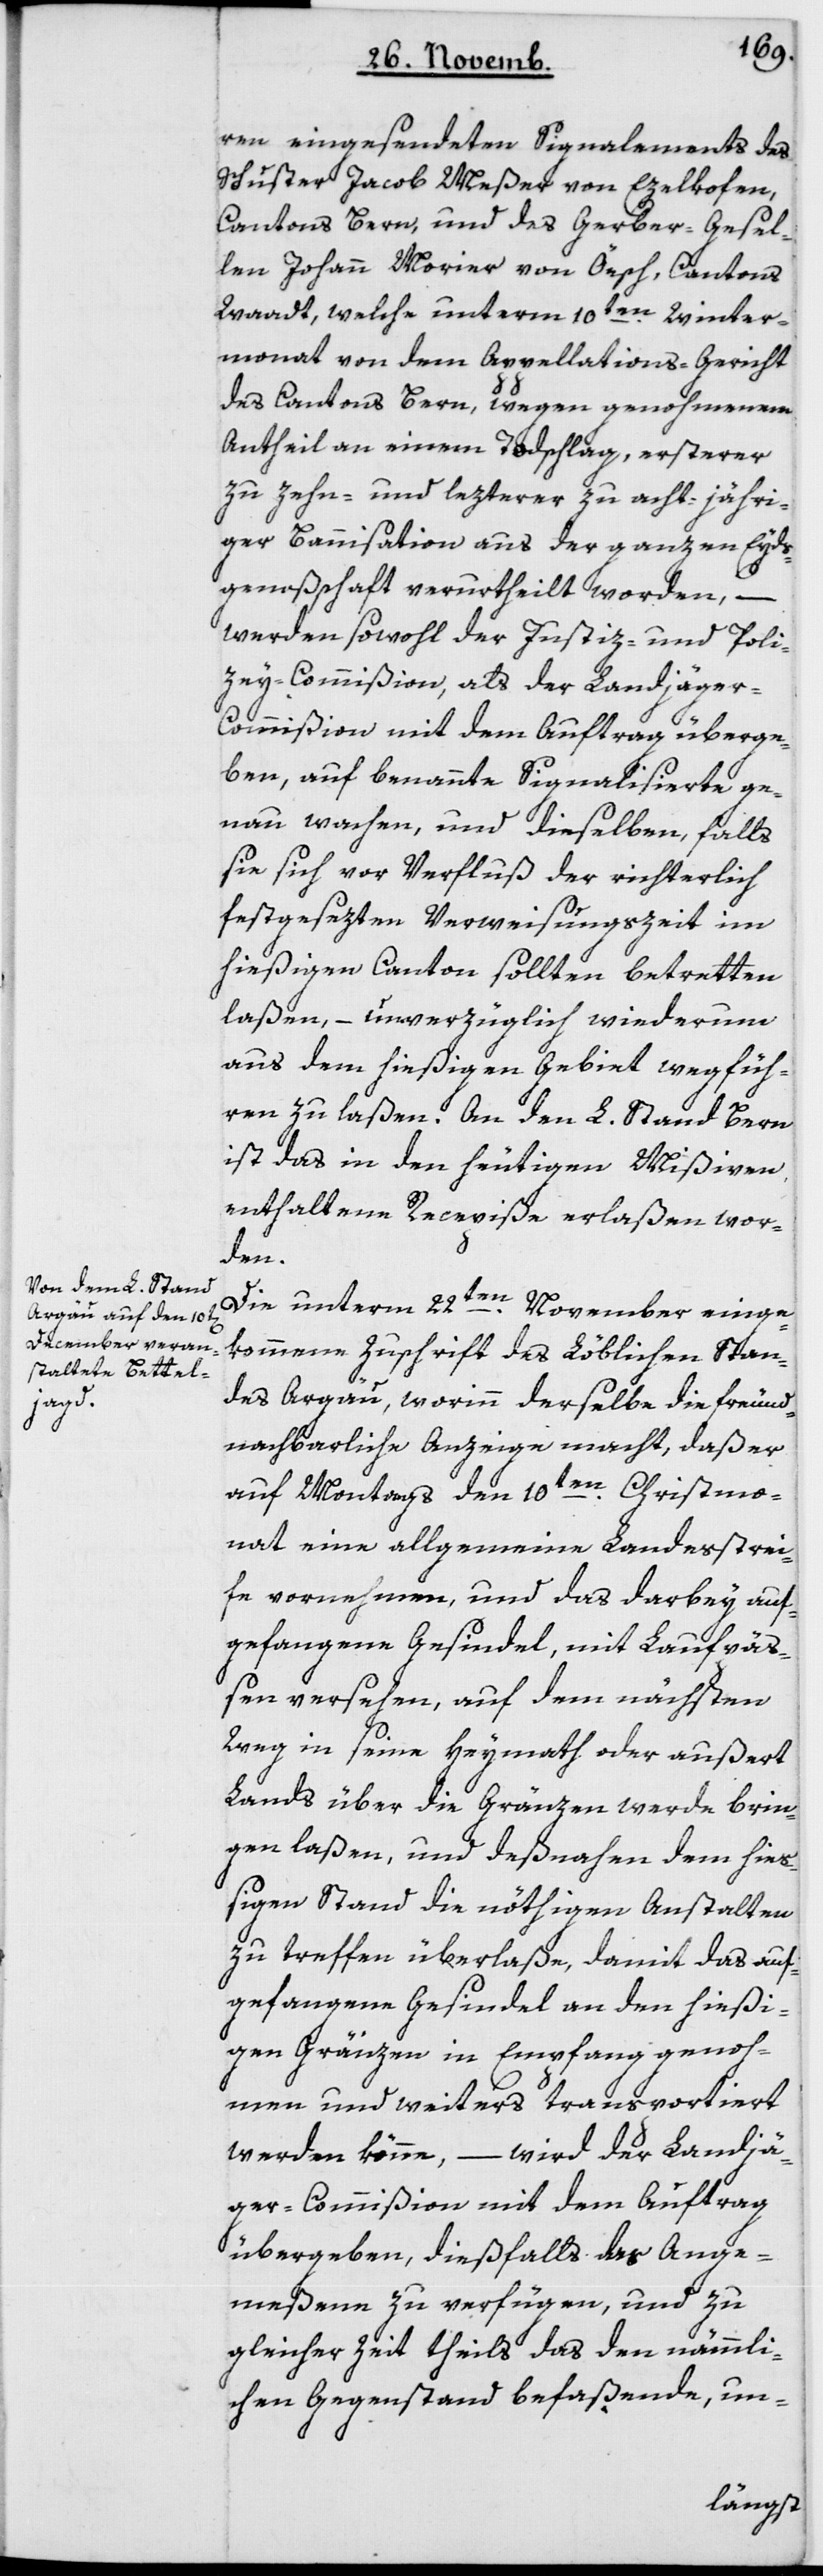
ren eingesendeten Signalements des
Schuster Jacob Meßer von Ezelkofen,
Cantons Bern, und des Gerber-Gesel¬
len Johann Morier von Oesch, Cantons
Waadt, welche unterm 10ten Winter¬
monat von dem Appellations-Gericht
des Cantons Bern, wegen genohmenem
Antheil an einem Todschlag, ersterer
zu zehn-, und lezterer zu acht-jähri¬
ger Bannisation aus der ganzen Eyds¬
genoßenschaft verurtheilt worden, –
werden sowohl der Justiz- und Poli¬
zey-Commißion als der Landjäger-C¬
ommißion mit dem Auftrag überge¬
ben, auf benannte Signalisierte ge¬
nau wachen, und dieselben, falls
sie sich vor Verfluß der richterlich
festgesezten Verweisungszeit im
hießigen Canton sollten betretten
laßen, – unverzüglich wiederum
aus dem hießigen Gebiet wegfüh¬
ren zu laßen. An den L. Stand Bern
ist das in den heutigen Mißiven
enthaltene Recepiße erlaßen wor¬
den.
Die unterm 22ten November einge¬
kommene Zuschrift des Löblichen Stan¬
des Argau, worinn derselbe die freund¬
nachbarliche Anzeige macht, daß er
auf Montag den 10ten Christmo¬
nat eine allgemeine Landesstrei¬
fe vornehmen, und das darbey auf¬
gefangene Gesindel mit Laufpäß¬
en versehen, auf dem nächsten
Weg in seine Heymath oder außert
Lands über die Gränzen werde brin¬
gen laßen, und desnahen dem hie¬
ßigen Stand die nöthigen Anstalten
zu treffen überlaße, damit das auf¬
gefangene Gesindel an den hießi¬
gen Grenzen in Empfang genom¬
men und weiters transportiert
werden könne, – wird der Landjä¬
ger-Commißion mit dem Auftrag
übergeben, dießfalls das Ange¬
meßene zu verfügen und zu
gleicher Zeit theils das den nämmli¬
chen Gegenstand befaßende, un-